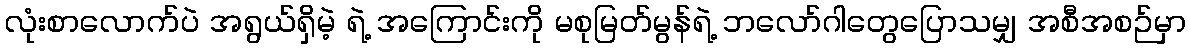
လုံးစာလောက်ပဲ အရွယ်ရှိမဲ့ ရဲ့ အကြောင်းကို မစုမြတ်မွန်ရဲ့ ဘလော်ဂါတွေပြောသမျှ အစီအစဉ်မှာ